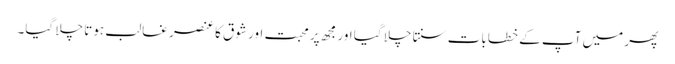
پھر میں آپ کے خطابات سنتا چلا گیا اور مجھ پر محبت اور شوق کا عنصر غالب ہوتا چلا گیا۔